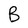
Character: B